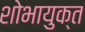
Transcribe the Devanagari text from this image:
शोभायुक्त